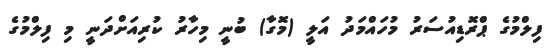
ފިލްމުގެ ޕްރޮޑިއުސަރު މުހައްމަދު އަލީ (މޮގާ) ބުނީ މިހާރު ކުރިއަށްދަނީ މި ފިލްމުގެ